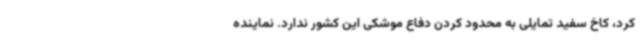
کرد، کاخ سفید تمایلی به محدود کردن دفاع موشکی این کشور ندارد. نماینده